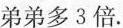
弟弟多3倍。